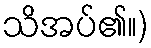
သိအပ်၏။)